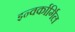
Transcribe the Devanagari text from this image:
इन्वर्कार्गिल